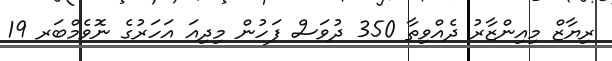
ރިޔާޒް މިއިންޒާރު ދެއްވިތާ 350 ދުވަސް ފަހުން މިދިއަ އަހަރުގެ ނޮވެމްބަރ 19